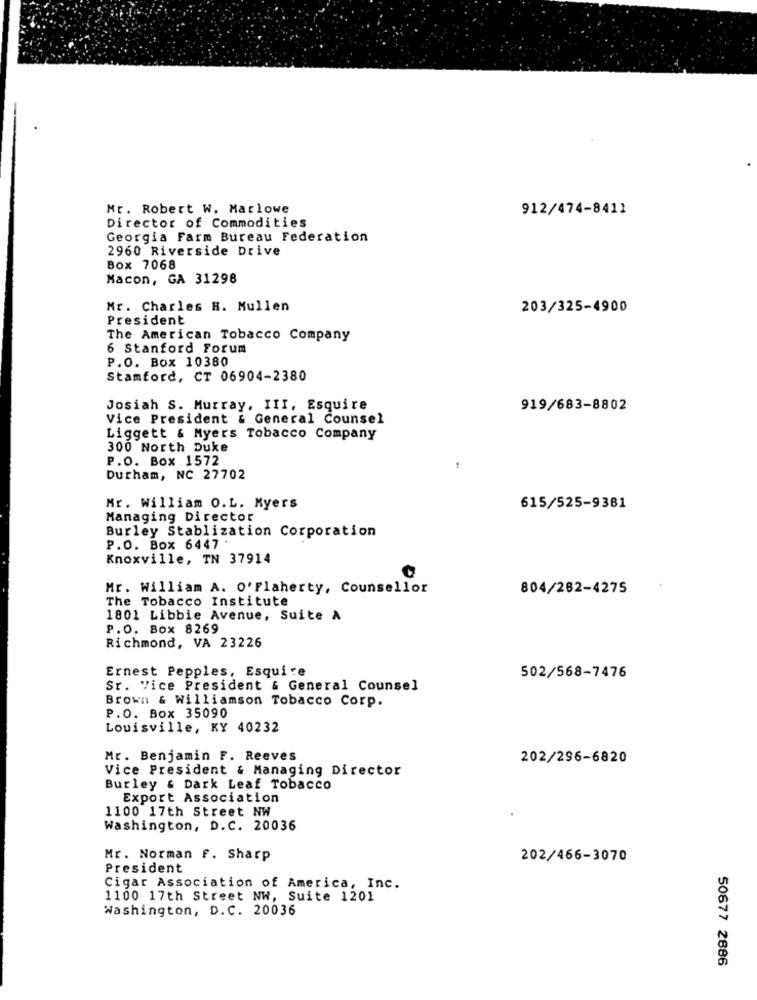
Mr. Robert W. Marlowe
912/474-8411
Director of Commodities
Georgia Farm Bureau Federation
2960 Riverside Drive
Box 7068
Macon, GA 31298
Mr. Charles H. Mullen
203/325-4900
President
The American Tobacco Company
6 Stanford Forum
P.O. Box 10380
Stamford, CT 06904-2380
Josiah S. Murray, III, Esquire
919/683-8802
Vice President & General Counsel
Liggett & Myers Tobacco Company
300 North Duke
P.O. Box 1572
Durham, NC 27702
Mr. William O.L. Myers
615/525-9381
Managing Director
Burley Stablization Corporation
P.O. Box 6447 .
Knoxville, TN 37914
Mr. William A. O' Flaherty, Counsellor
804/282-4275
The Tobacco Institute
1801 Libbie Avenue, Suite A
P.O. Box 8269
Richmond, VA 23226
Ernest Pepples, Esquire
502/568-7476
Sr. Vice President & General Counsel
Brown & Williamson Tobacco Corp.
P.O. Box 35090
Louisville, KY 40232
Mr. Benjamin F. Reeves
202/296-6820
Vice President & Managing Director
Burley & Dark Leaf Tobacco
Export Association
1100 17th Street NW
Washington, D.C. 20036
Mr. Norman f. Sharp
202/466-3070
President
Cigar Association of America, Inc.
1100 17th Street NW, Suite 1201
Washington, D.C. 20036
50677 2886